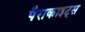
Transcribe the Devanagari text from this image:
पैराकाइट्स